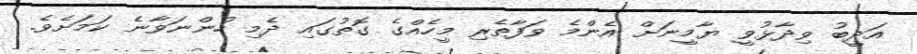
އަދީބު ވިދާޅުވީ ޔާމީނަށް އެންމެ ވަފާތެރި މީހެއްގެ ގޮތުގައި ދެމި ހުންނަވާނެ ކަމަށެވެ.